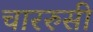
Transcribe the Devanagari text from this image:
चाररुसी